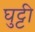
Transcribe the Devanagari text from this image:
घुट्टी